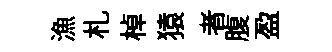
漁札棹猿者腹盈